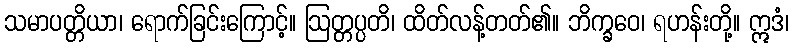
သမာပတ္တိယာ၊ ရောက်ခြင်းကြောင့်။ ဩတ္တပ္ပတိ၊ ထိတ်လန့်တတ်၏။ ဘိက္ခဝေ၊ ရဟန်းတို့။ ဣဒံ၊